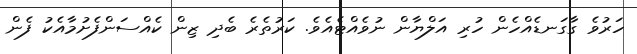
ހަރުވެ ގާގަނޑެއްހެން ހުރި އަލްޔާން ނުވެއްޓެއެވެ. ކަރުތެރެ ބެދި ޒިން ކެއްސަންފެށުމާއެކު ފެން